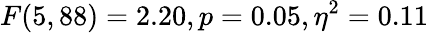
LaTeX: F(5,88)=2.20,p=0.05,\eta^{2}=0.11